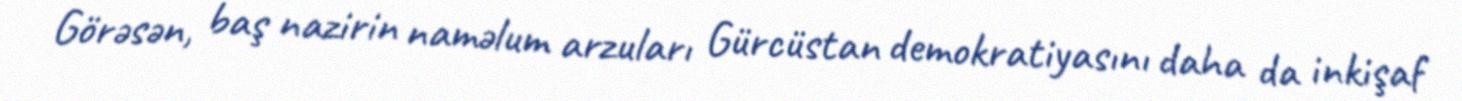
Görəsən, baş nazirin naməlum arzuları Gürcüstan demokratiyasını daha da inkişaf